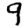
Digit: 9